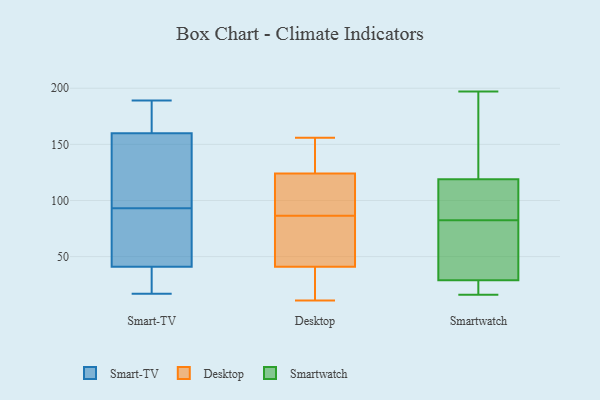
{"axis": {"x": "Market Share (%)", "y": "Value"}, "legend": ["Desktop", "Smart-TV", "Smartwatch"], "data": [{"x": "", "y": 171, "type": "Smart-TV"}, {"x": "", "y": 160, "type": "Smart-TV"}, {"x": "", "y": 41, "type": "Smart-TV"}, {"x": "", "y": 17, "type": "Smart-TV"}, {"x": "", "y": 189, "type": "Smart-TV"}, {"x": "", "y": 42, "type": "Smart-TV"}, {"x": "", "y": 140, "type": "Smart-TV"}, {"x": "", "y": 68, "type": "Smart-TV"}, {"x": "", "y": 118, "type": "Smart-TV"}, {"x": "", "y": 34, "type": "Smart-TV"}, {"x": "", "y": 41, "type": "Desktop"}, {"x": "", "y": 156, "type": "Desktop"}, {"x": "", "y": 64, "type": "Desktop"}, {"x": "", "y": 137, "type": "Desktop"}, {"x": "", "y": 128, "type": "Desktop"}, {"x": "", "y": 33, "type": "Desktop"}, {"x": "", "y": 74, "type": "Desktop"}, {"x": "", "y": 32, "type": "Desktop"}, {"x": "", "y": 98, "type": "Desktop"}, {"x": "", "y": 101, "type": "Desktop"}, {"x": "", "y": 52, "type": "Desktop"}, {"x": "", "y": 103, "type": "Desktop"}, {"x": "", "y": 11, "type": "Desktop"}, {"x": "", "y": 90, "type": "Desktop"}, {"x": "", "y": 83, "type": "Desktop"}, {"x": "", "y": 124, "type": "Desktop"}, {"x": "", "y": 28, "type": "Desktop"}, {"x": "", "y": 139, "type": "Desktop"}, {"x": "", "y": 109, "type": "Smartwatch"}, {"x": "", "y": 197, "type": "Smartwatch"}, {"x": "", "y": 29, "type": "Smartwatch"}, {"x": "", "y": 94, "type": "Smartwatch"}, {"x": "", "y": 119, "type": "Smartwatch"}, {"x": "", "y": 88, "type": "Smartwatch"}, {"x": "", "y": 72, "type": "Smartwatch"}, {"x": "", "y": 77, "type": "Smartwatch"}, {"x": "", "y": 131, "type": "Smartwatch"}, {"x": "", "y": 23, "type": "Smartwatch"}, {"x": "", "y": 127, "type": "Smartwatch"}, {"x": "", "y": 77, "type": "Smartwatch"}, {"x": "", "y": 25, "type": "Smartwatch"}, {"x": "", "y": 16, "type": "Smartwatch"}]}